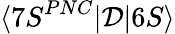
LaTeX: \langle{7S}^{PNC}|\mathcal{D}|6S\rangle